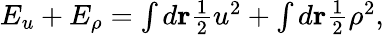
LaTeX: \begin{array}{r}{E_{u}+E_{\rho}=\int d{\mathbf r}\frac{1}{2}u^{2}+\int d{\mathbf r}\frac{1}{2}\rho^{2},}\end{array}